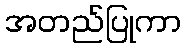
အတည်ပြုကာ